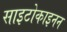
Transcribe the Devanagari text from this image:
साइटोकाइनन